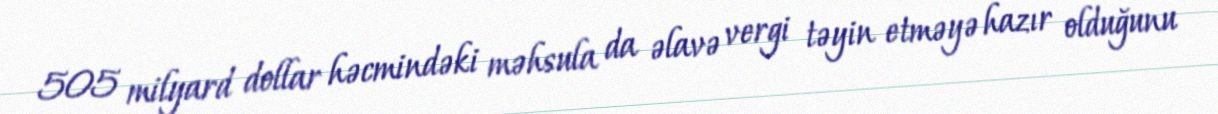
505 milyard dollar həcmindəki məhsula da əlavə vergi təyin etməyə hazır olduğunu